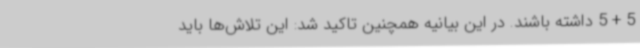
5 + 5 داشته باشند. در این بیانیه همچنین تاکید شد: این تلاش‌ها باید